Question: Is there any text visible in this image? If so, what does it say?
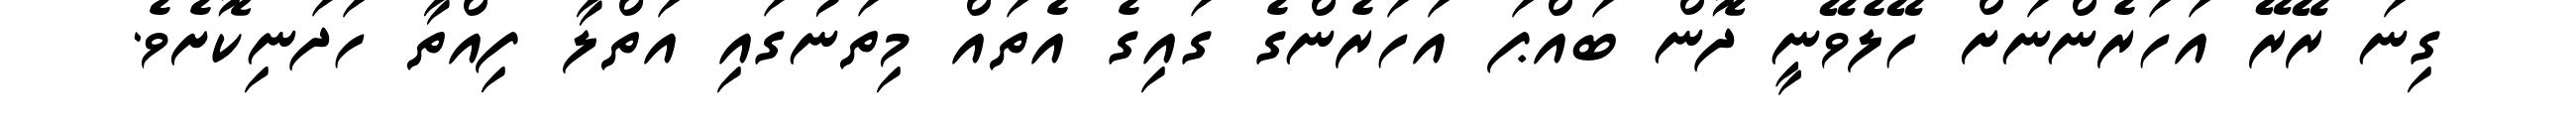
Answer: ގިނަ ރޭރޭ އަހަރެންނަށް ހޭލެވޭނީ ދޮން ބައްޕަ އަހަރެންގެ ގައިގެ އެތައް މިތަނުގައި އަތްލާ ފިއްތާ ހަދަނިކޮށެވެ.